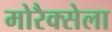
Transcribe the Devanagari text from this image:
मोरैक्सेला